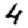
Digit: 4